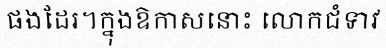
ផងដែរ។ក្នុងឱកាសនោះ លោកជំទាវ